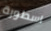
اسطورة